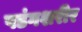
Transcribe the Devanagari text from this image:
षडंगशरीर